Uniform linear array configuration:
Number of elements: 64
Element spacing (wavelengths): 1
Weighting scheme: blackman
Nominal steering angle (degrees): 45
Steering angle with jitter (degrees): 46.916
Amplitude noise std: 0.05
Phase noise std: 0.05

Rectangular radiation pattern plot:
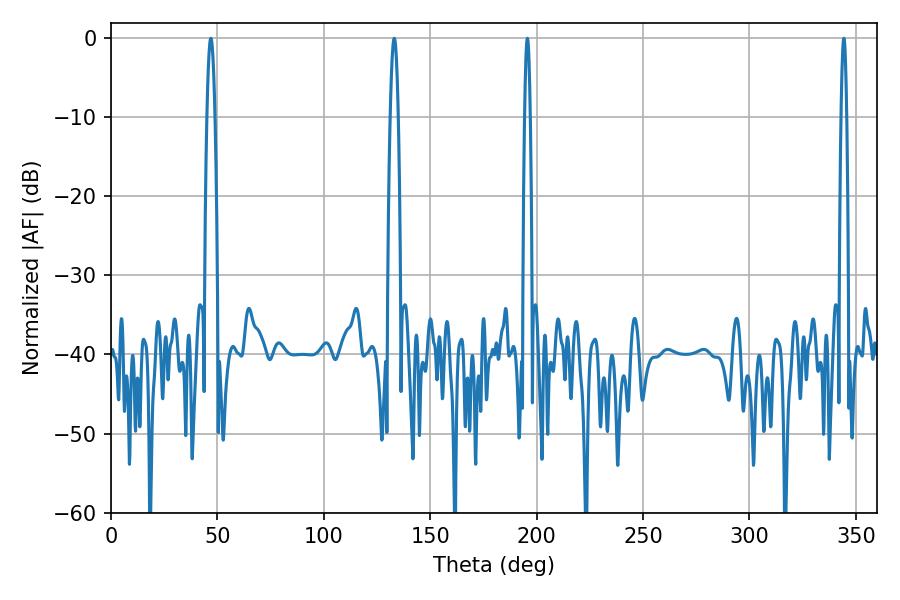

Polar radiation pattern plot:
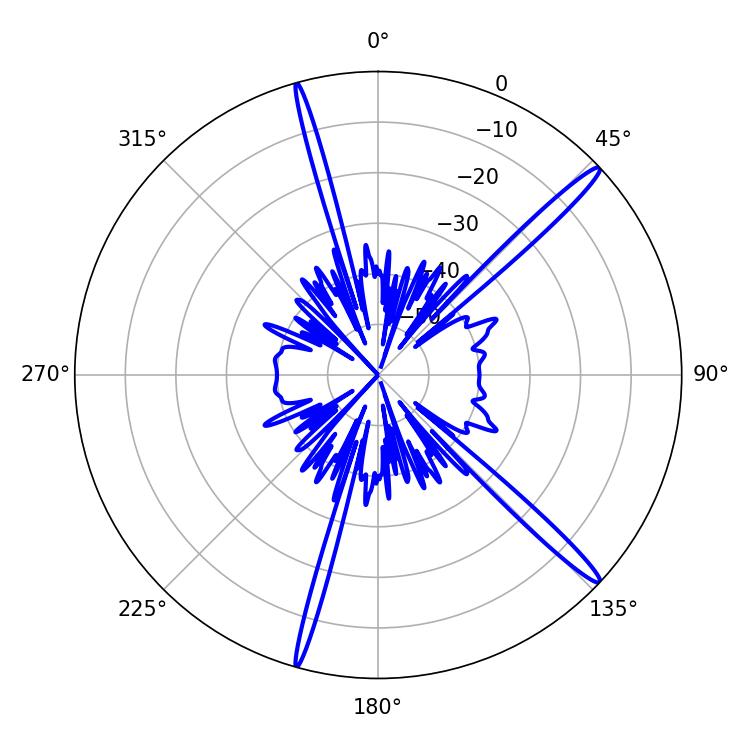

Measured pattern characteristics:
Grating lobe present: TRUE
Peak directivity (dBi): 16.692
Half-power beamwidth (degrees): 1.44
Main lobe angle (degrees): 195.66